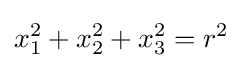
x_{1}^{2}+x_{2}^{2}+x_{3}^{2}=r^{2}